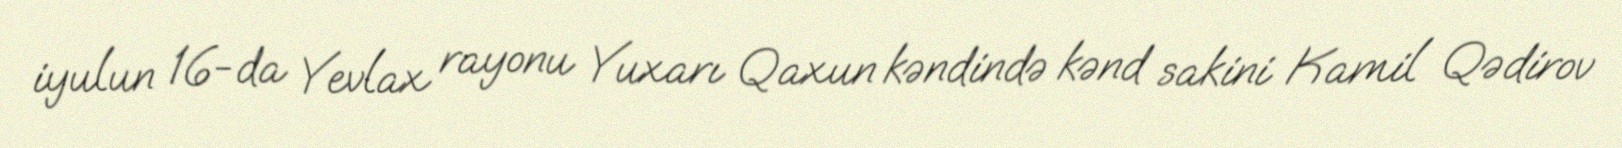
iyulun 16-da Yevlax rayonu Yuxarı Qaxun kəndində kənd sakini Kamil Qədirov